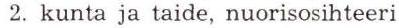
 2. kunta ja taide, nuorisosihteeri